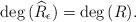
LaTeX: \begin{align*}\deg{(\widehat{R}_{\epsilon})}=\deg{(R)}.\end{align*}